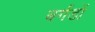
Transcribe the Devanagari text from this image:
बर्गडों